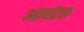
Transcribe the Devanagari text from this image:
अंतर्घटक